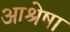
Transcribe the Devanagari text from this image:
आश्रेषा